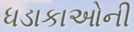
ધડાકાઓની